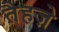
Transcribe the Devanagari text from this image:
तैहज़े